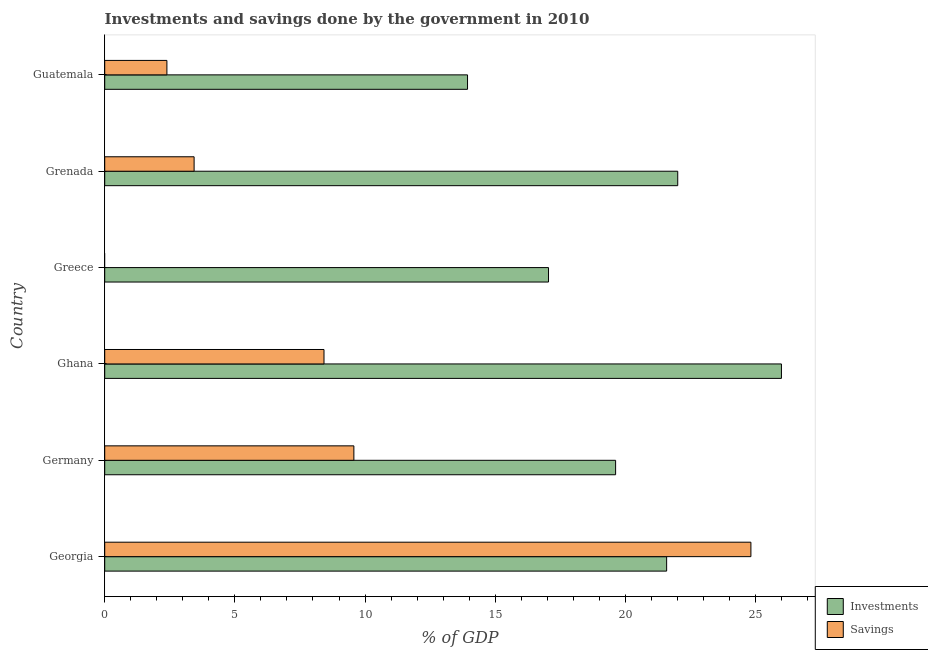
| Country | Investments | Savings |
 | --- | --- | --- |
 | Georgia | 21.6 | 24.8 |
 | Germany | 19.6 | 9.57 |
 | Ghana | 26 | 8.42 |
 | Greece | 17 | -3.38 |
 | Grenada | 22 | 3.43 |
 | Guatemala | 13.9 | 2.39 |